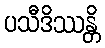
ပသီဒိဿန္တိ